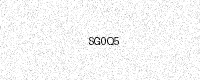
Text: SG0Q5